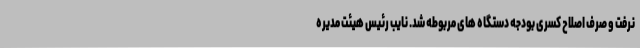
نرفت و صرف اصلاح کسری بودجه دستگاه های مربوطه شد. نایب رئیس هیئت مدیره